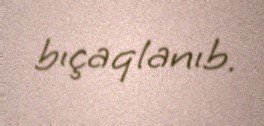
bıçaqlanıb.